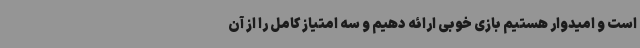
است و امیدوار هستیم بازی خوبی ارائه دهیم و سه امتیاز کامل را از آن